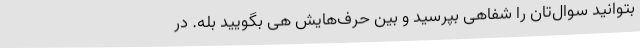
بتوانید سوال‌تان را شفاهی بپرسید و بین حرف‌هایش هی بگویید بله. در